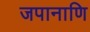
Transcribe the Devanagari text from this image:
जपानाणि